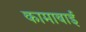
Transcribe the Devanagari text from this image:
कामाबाई